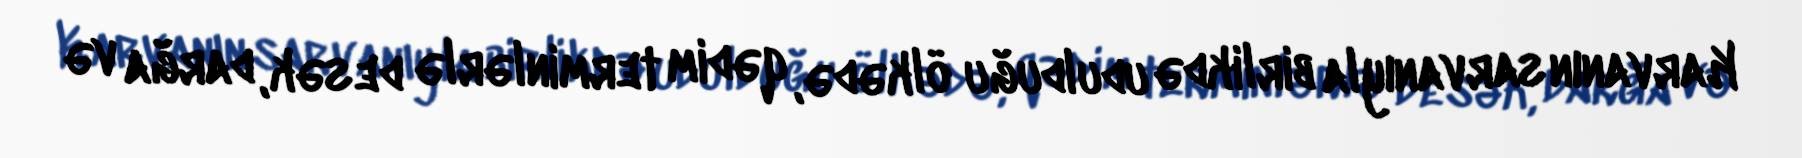
Karvanın sarvanıyla birlikdə udulduğu ölkədə, qədim terminlərlə desək, darğa və